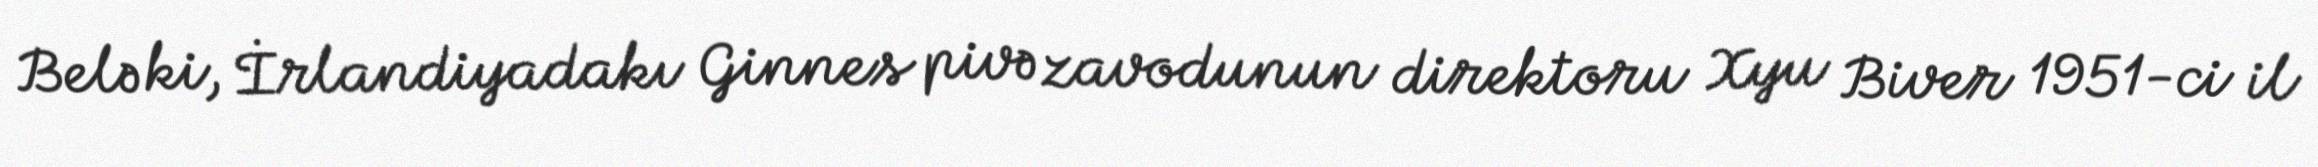
Belə ki, İrlandiyadakı Ginnes pivə zavodunun direktoru Xyu Biver 1951-ci il